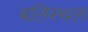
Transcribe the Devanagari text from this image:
बलिस्थल